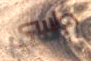
دراسي